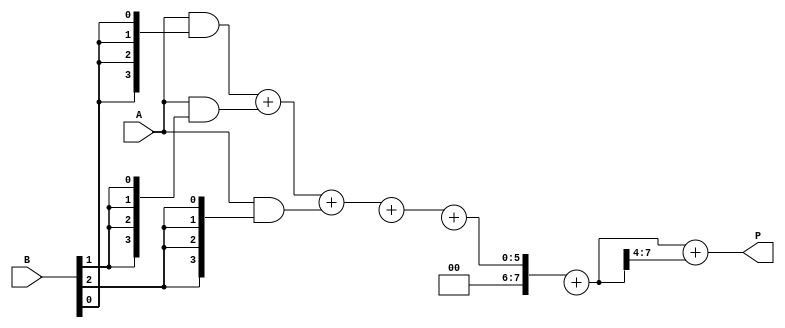
module WallaceTreeMultiplier #(parameter N = 4) (
    input [N-1:0] A,
    input [N-1:0] B,
    output reg [2*N-1:0] P
);

    // Generate partial products
    wire [N-1:0] pp [0:N-1]; // Partial products
    genvar i;
    generate
        for (i = 0; i < N; i = i + 1) begin : partial_product_gen
            assign pp[i] = A & {N{B[i]}};
        end
    endgenerate

    // Wallace Tree structure
    wire [N-1:0] sum [0:N-1]; // Sums from CSAs
    wire [N-1:0] carry [0:N-1]; // Carries from CSAs

    // First level of CSAs
    generate
        for (i = 0; i < N-1; i = i + 1) begin : CSA_level1
            if (i % 3 == 0) begin
                assign {carry[i/3], sum[i/3]} = pp[i] + pp[i+1] + pp[i+2];
            end
        end
    endgenerate

    // Second level of CSAs
    wire [N-1:0] sum2 [0:(N+1)/3]; // Sums from second level CSAs
    wire [N-1:0] carry2 [0:(N+1)/3]; // Carries from second level CSAs

    generate
        for (i = 0; i < (N+1)/3; i = i + 1) begin : CSA_level2
            if (i < (N-1)/3) begin
                assign {carry2[i], sum2[i]} = sum[i*3] + sum[i*3+1] + sum[i*3+2];
            end else if (i == (N-1)/3 && (N-1) % 3 == 2) begin
                assign {carry2[i], sum2[i]} = sum[i*3] + sum[i*3+1] + 0;
            end else if (i == (N-1)/3 && (N-1) % 3 == 1) begin
                assign {carry2[i], sum2[i]} = sum[i*3] + 0 + 0;
            end
        end
    endgenerate

    // Final addition stage
    wire [2*N-1:0] final_sum;
    wire [2*N-1:0] final_carry;

    assign final_sum = {carry2[0], sum2[0]} + {carry2[1], sum2[1]};
    assign final_carry = {1'b0, final_sum[2*N-1:N]};

    always @(*) begin
        P = final_sum + final_carry;
    end

endmodule